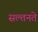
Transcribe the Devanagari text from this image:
सल्तनते